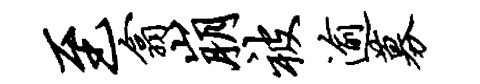
至翕崩被逾募